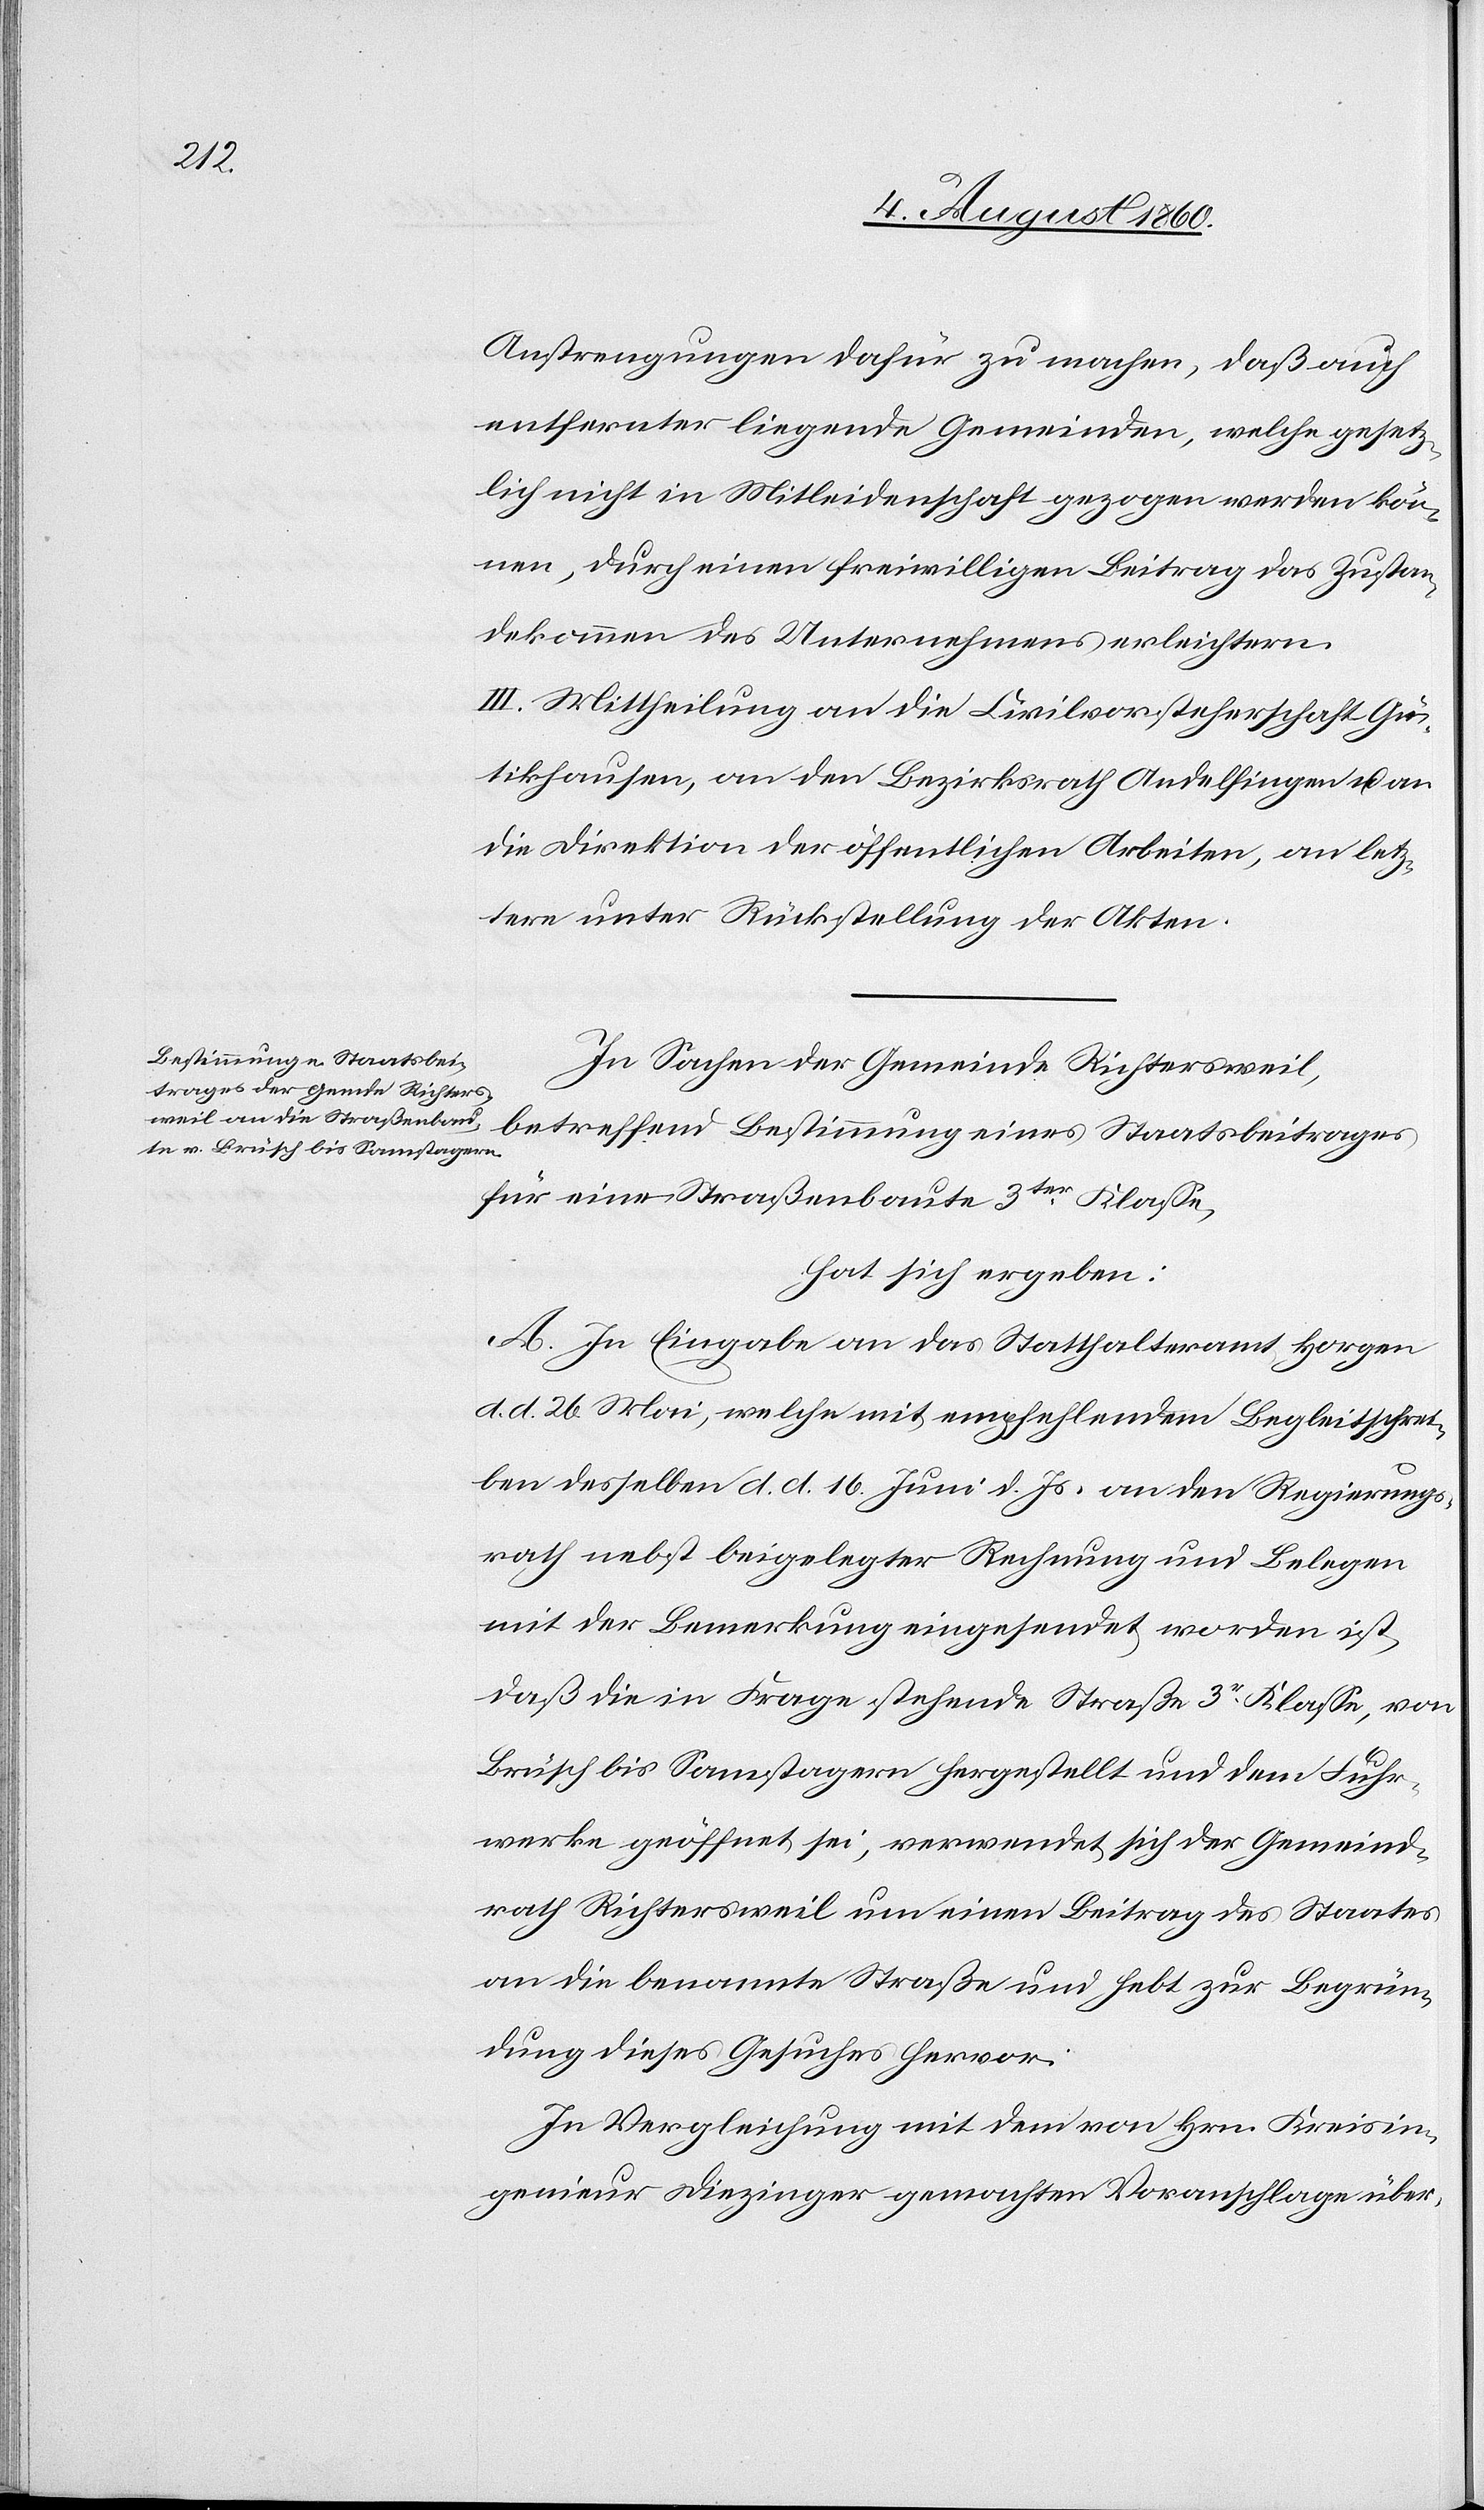
Anstrengungen dafür zu machen, dass auch
entfernter liegende Gemeinden, welche gesetz¬
lich nicht in Mitleidenschaft gezogen werden kön¬
nen, durch einen freiwilligen Beitrag das Zustan¬
dekommen des Unternehmens erleichtern.
III. Mittheilung an die Civilvorsteherschaft Gü¬
tikhausen, an den Bezirksrath Andelfingen und an
die Direktion der öffentlichen Arbeiten, an letz¬
tere unter Rückstellung der Akten.
In Sachen der Gemeinde Richtersweil
betreffend Bestimmung eines Staatsbeitrages
für eine Strassenbaute 3tr Klasse,
hat sich ergeben:
A. In Eingabe an das Statthalteramt Horgen,
d. d. 26. Mai, welche mit empfehlendem Begleitschrei¬
ben derselben d. d. 16. Brachmonat d. Js. an den Regierungs¬
rath nebst beigelegter Rechnung und Belegen
mit der Bemerkung umgesendet worden ist,
dass die in Frage stehende Strasse 3tr Classe, von
Brüsch bis Samstagern hergestellt und dem Fuhr¬
werke geöffnet sei, verwendet sich der Gemeind¬
rath Richtersweil um einen Beitrag des Staates
an die benannte Strasse, und hebt zur Begrün¬
dung dieses Gesuches hervor:
In Vergleichung mit dem von Hrn. Kreisin¬
genieur Diezinger gemachten Voranschlage über-